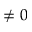
\not = 0